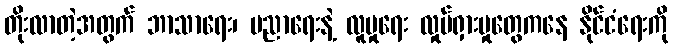
တိုးလာတဲ့အတွက် ဘာသာရေး၊ ပညာရေးနဲ့ လူမှုရေး လှုပ်ရှားမှုတွေကနေ နိုင်ငံရေးကို